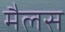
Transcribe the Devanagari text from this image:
मैलस